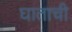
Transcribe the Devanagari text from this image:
घाताची